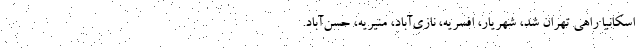
اسكانيا راهي تهران شد، شهريار، افسريه، نازي‌آباد، منيريه، حسن‌آباد.